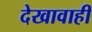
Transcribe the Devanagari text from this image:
देखावाही